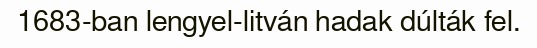
1683-ban lengyel-litván hadak dúlták fel.